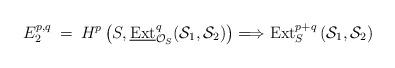
LaTeX: \begin{align*}E_2^{p,q} \: = \: H^p\left(S, \underline{\mbox{Ext}}^q_{{\cal O}_S}( {\cal S}_1, {\cal S}_2 ) \right) \Longrightarrow \mbox{Ext}^{p+q}_S\left( {\cal S}_1, {\cal S}_2 \right)\end{align*}